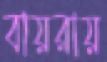
বায়রায়